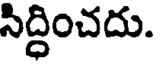
సిద్ధించదు.